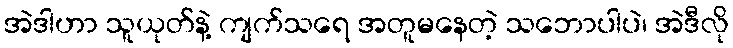
အဲဒါဟာ သူယုတ်နဲ့ ကျက်သရေ အတူမနေတဲ့ သဘောပါပဲ၊ အဲဒီလို